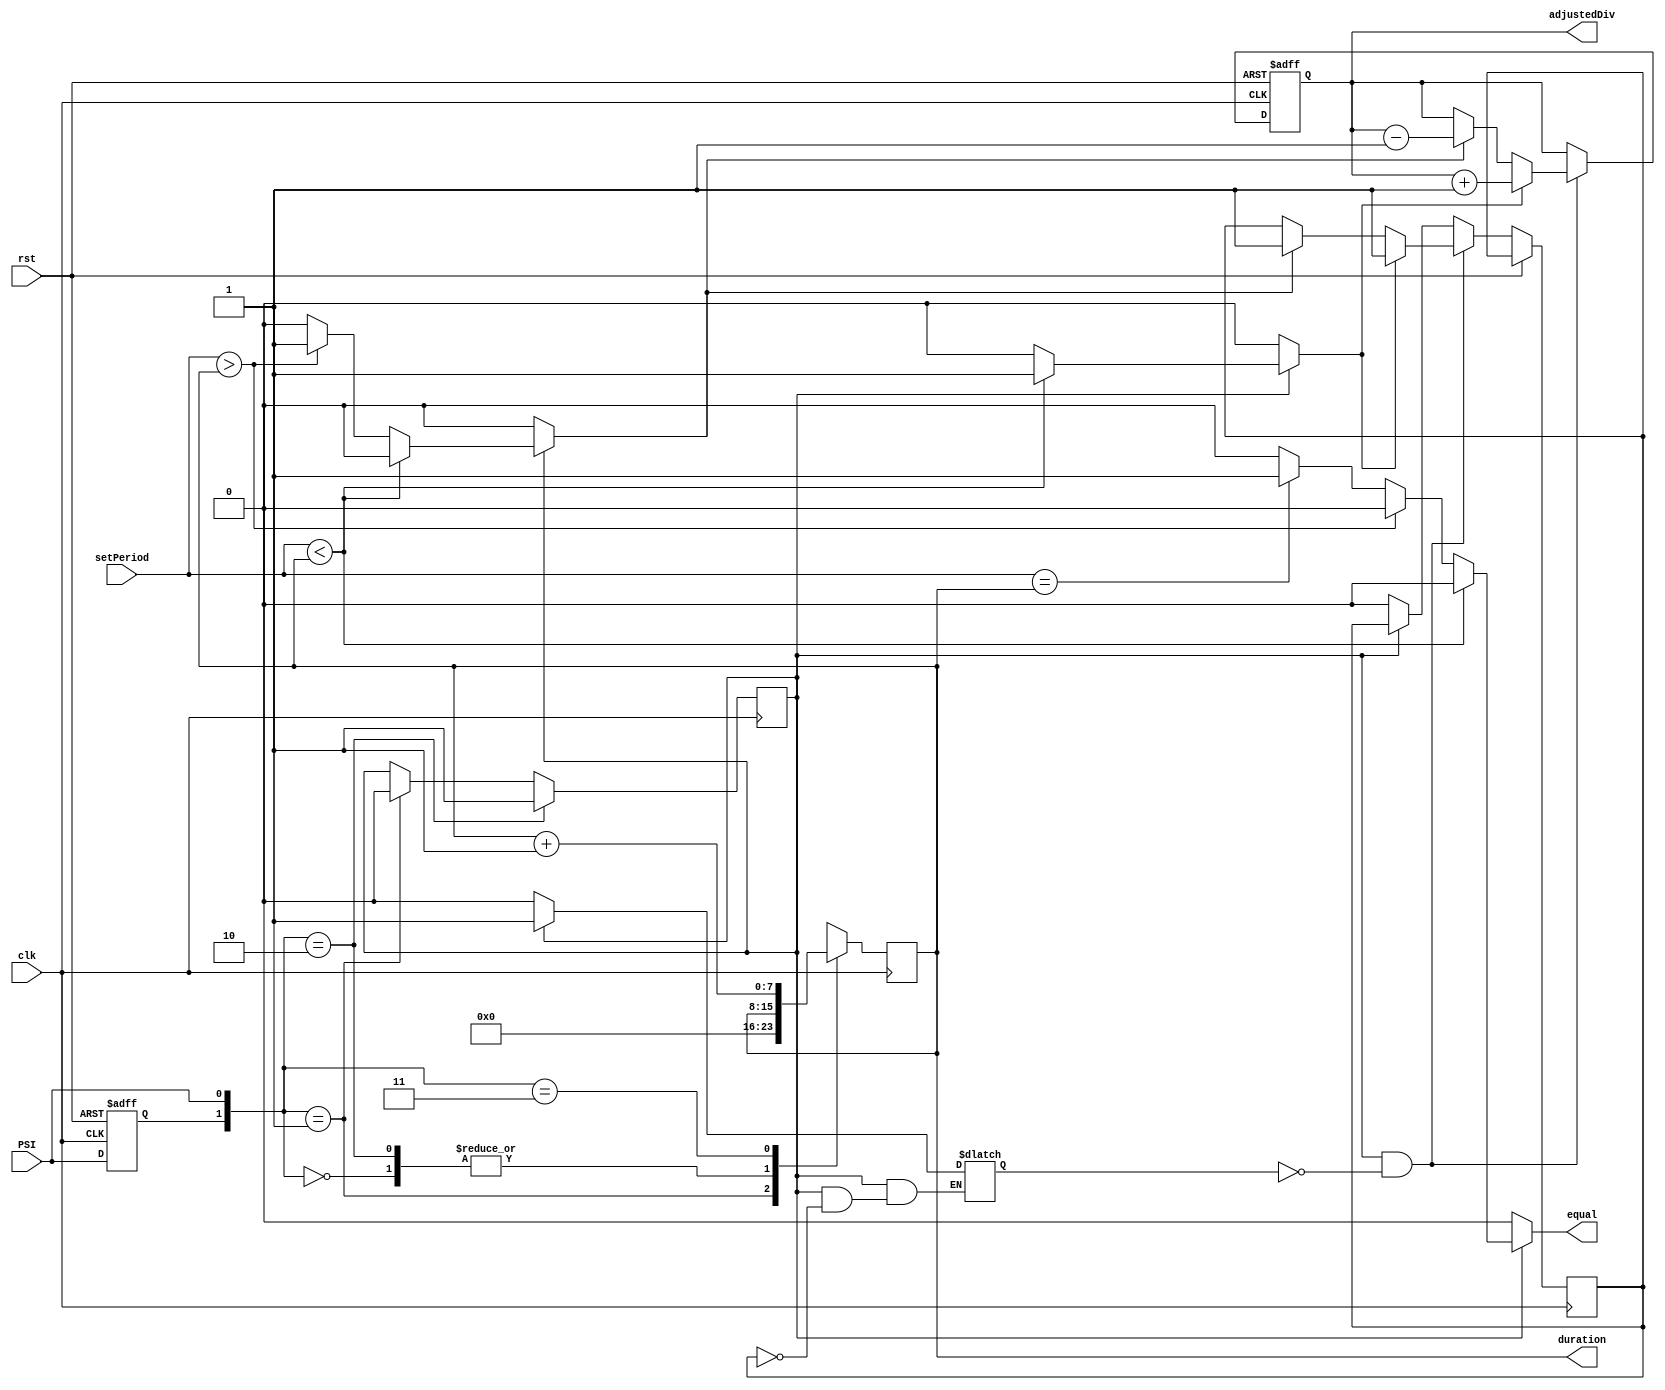
`timescale 1ns/1ns
module FPGA (PSI,
                clk, 
                rst, 
                setPeriod,
                equal,
                duration,
			          adjustedDiv);
   
  input PSI,
        clk,
        rst;
  input [7:0] setPeriod;
  output reg equal;
  output reg [7:0] duration,
                   adjustedDiv;
         
  reg enable,
      prePSI,
      increment,
      decrement;
      
  reg calcOut_1,
      calcOut_2;
  
  always @(posedge clk, posedge rst) begin 
      if (rst) 
          prePSI <= 1'b0;
      else 
	      prePSI <= PSI;
  end
      
  always @(posedge clk) begin
      case ({prePSI, PSI})
            2'b00: duration <= duration;
            2'b01: duration <= 8'b0;
            2'b10: duration <= duration;
            2'b11: duration <= duration + 1;               
      endcase
  end
  
  always @(posedge clk) begin
      if ({prePSI, PSI} == 2'b10) 
			    enable <= 1'b1;
 			else
 			    if ({prePSI, PSI} == 2'b01)
				      enable <= 1'b0;   
  end
	  
  always @(enable, setPeriod, duration) begin
	    {increment, decrement, equal} = 3'b0;
	    if (enable)
			    if (setPeriod < duration)
			        increment = 1'b1;
			    else
			        if (setPeriod > duration)
			            decrement = 1'b1;
			        else
			            if (setPeriod == duration)
			                equal = 1'b1;
  end
  
  always @(enable, calcOut_2) begin
	    if (~enable)
			    calcOut_1 = 1'b0;
			else
			    if (calcOut_2 == 1'b1)
			       	calcOut_1 = 1'b1;
	end
	
	always @(posedge clk, posedge rst) begin
	    if (rst)
			    adjustedDiv <= 8'b01111111; 
	    else
	        if (enable & ~calcOut_1) begin
     	        if (increment) begin
     	            adjustedDiv <= adjustedDiv + 1;
     	            calcOut_2 <= 1'b1;
  	           end
   	          else begin
 	                if (decrement) begin
 	                    adjustedDiv <= adjustedDiv - 1;
 	                    calcOut_2 <= 1'b1;
 	                end
 	            end
 	        end 
 	        else begin
 	            if (~enable)
 	              calcOut_2 <= 1'b0;
 	        end     
  end
endmodule